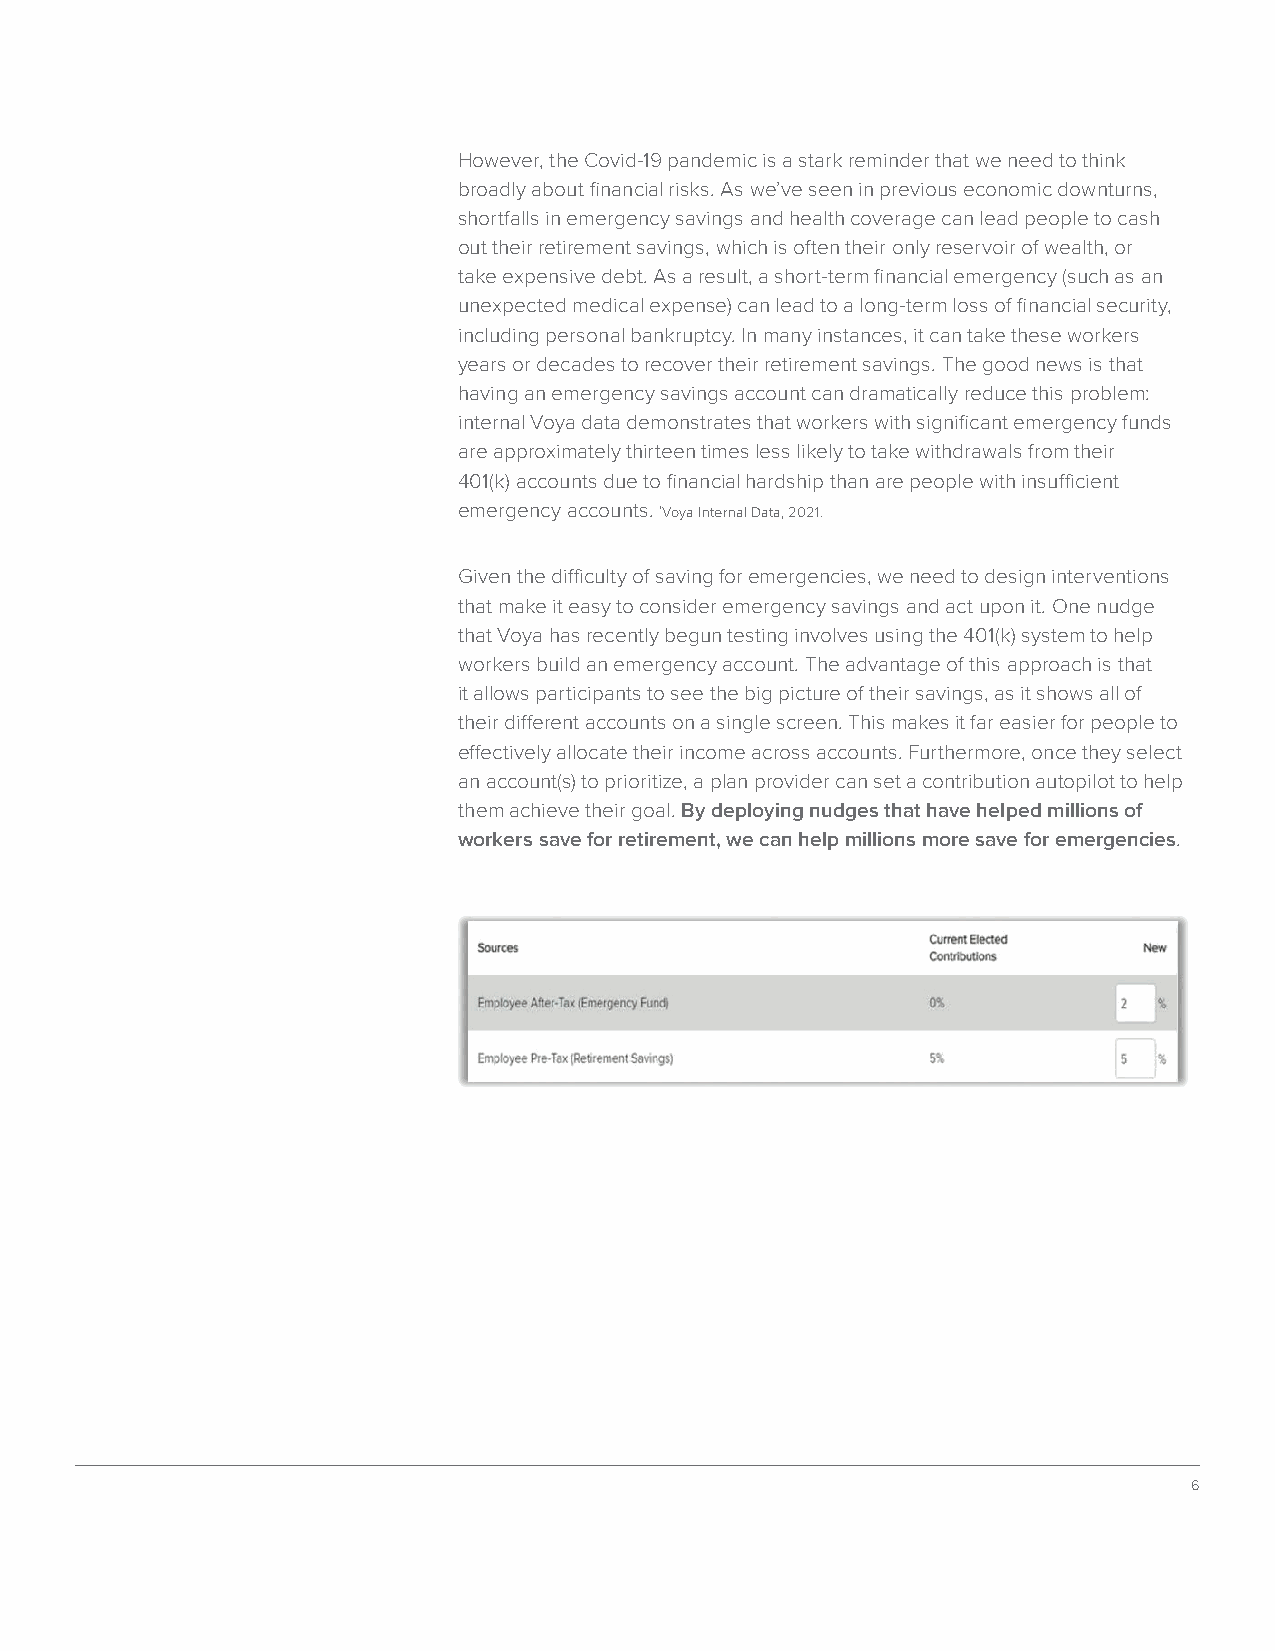
However, the Covid-19 pandemic is a stark reminder that we need to think
 broadly about financial risks. As we’ve seen in previous economic downturns,
 shortfalls in emergency savings and health coverage can lead people to cash
 out their retirement savings, which is often their only reservoir of wealth, or
 take expensive debt. As a result, a short-term financial emergency (such as an
 unexpected medical expense) can lead to a long-term loss of financial security,
 including personal bankruptcy. In many instances, it can take these workers
 years or decades to recover their retirement savings. The good news is that
 having an emergency savings account can dramatically reduce this problem:
 internal Voya data demonstrates that workers with significant emergency funds
 are approximately thirteen times less likely to take withdrawals from their
 401(k) accounts due to financial hardship than are people with insufficient
 emergency accounts. *Voya Internal Data, 2021.
 Given the difficulty of saving for emergencies, we need to design interventions
 that make it easy to consider emergency savings and act upon it. One nudge
 that Voya has recently begun testing involves using the 401(k) system to help
 workers build an emergency account. The advantage of this approach is that
 it allows participants to see the big picture of their savings, as it shows all of
 their different accounts on a single screen. This makes it far easier for people to
 effectively allocate their income across accounts. Furthermore, once they select
 an account(s) to prioritize, a plan provider can set a contribution autopilot to help
 them achieve their goal. By deploying nudges that have helped millions of
 workers save for retirement, we can help millions more save for emergencies.
 6